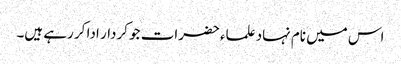
اس میں نام نہاد علماء حضرات جو کردار ادا کر رہے ہیں۔